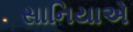
સાનિયાએ